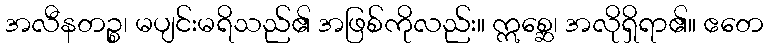
အလီနတဉ္စ၊ မပျင်းမရိသည်၏ အဖြစ်ကိုလည်း။ ဣစ္ဆေ၊ အလိုရှိရာ၏။ ဧတေ